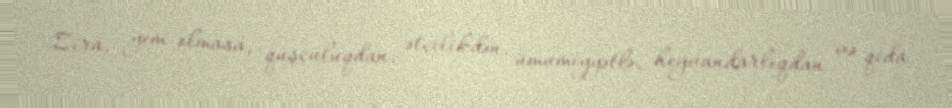
Zira, yem olmasa, quşçuluqdan, ətçilikdən, ümumiyyətlə, heyvandarlıqdan və qida